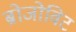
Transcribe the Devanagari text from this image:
ब्रोजोविट